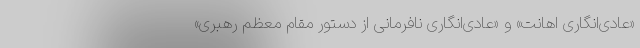
«عادی‌انگاری اهانت» و «عادی‌انگاری نافرمانی از دستور مقام معظم رهبری»